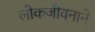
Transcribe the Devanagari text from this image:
लोकजीवनाने